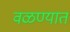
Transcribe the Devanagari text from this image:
वळण्यात